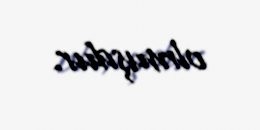
olmuşdur.